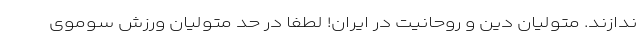
ندازند. متولیان دین و روحانیت در ایران! لطفا در حد متولیان ورزش سوموی